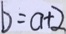
b = a + 2